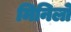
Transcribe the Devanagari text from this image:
मिनिलो